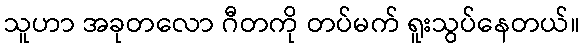
သူဟာ အခုတလော ဂီတကို တပ်မက် ရူးသွပ်နေတယ်။